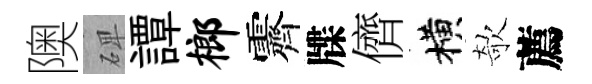
隩𥓓譚榔霽牒儕横欹薦